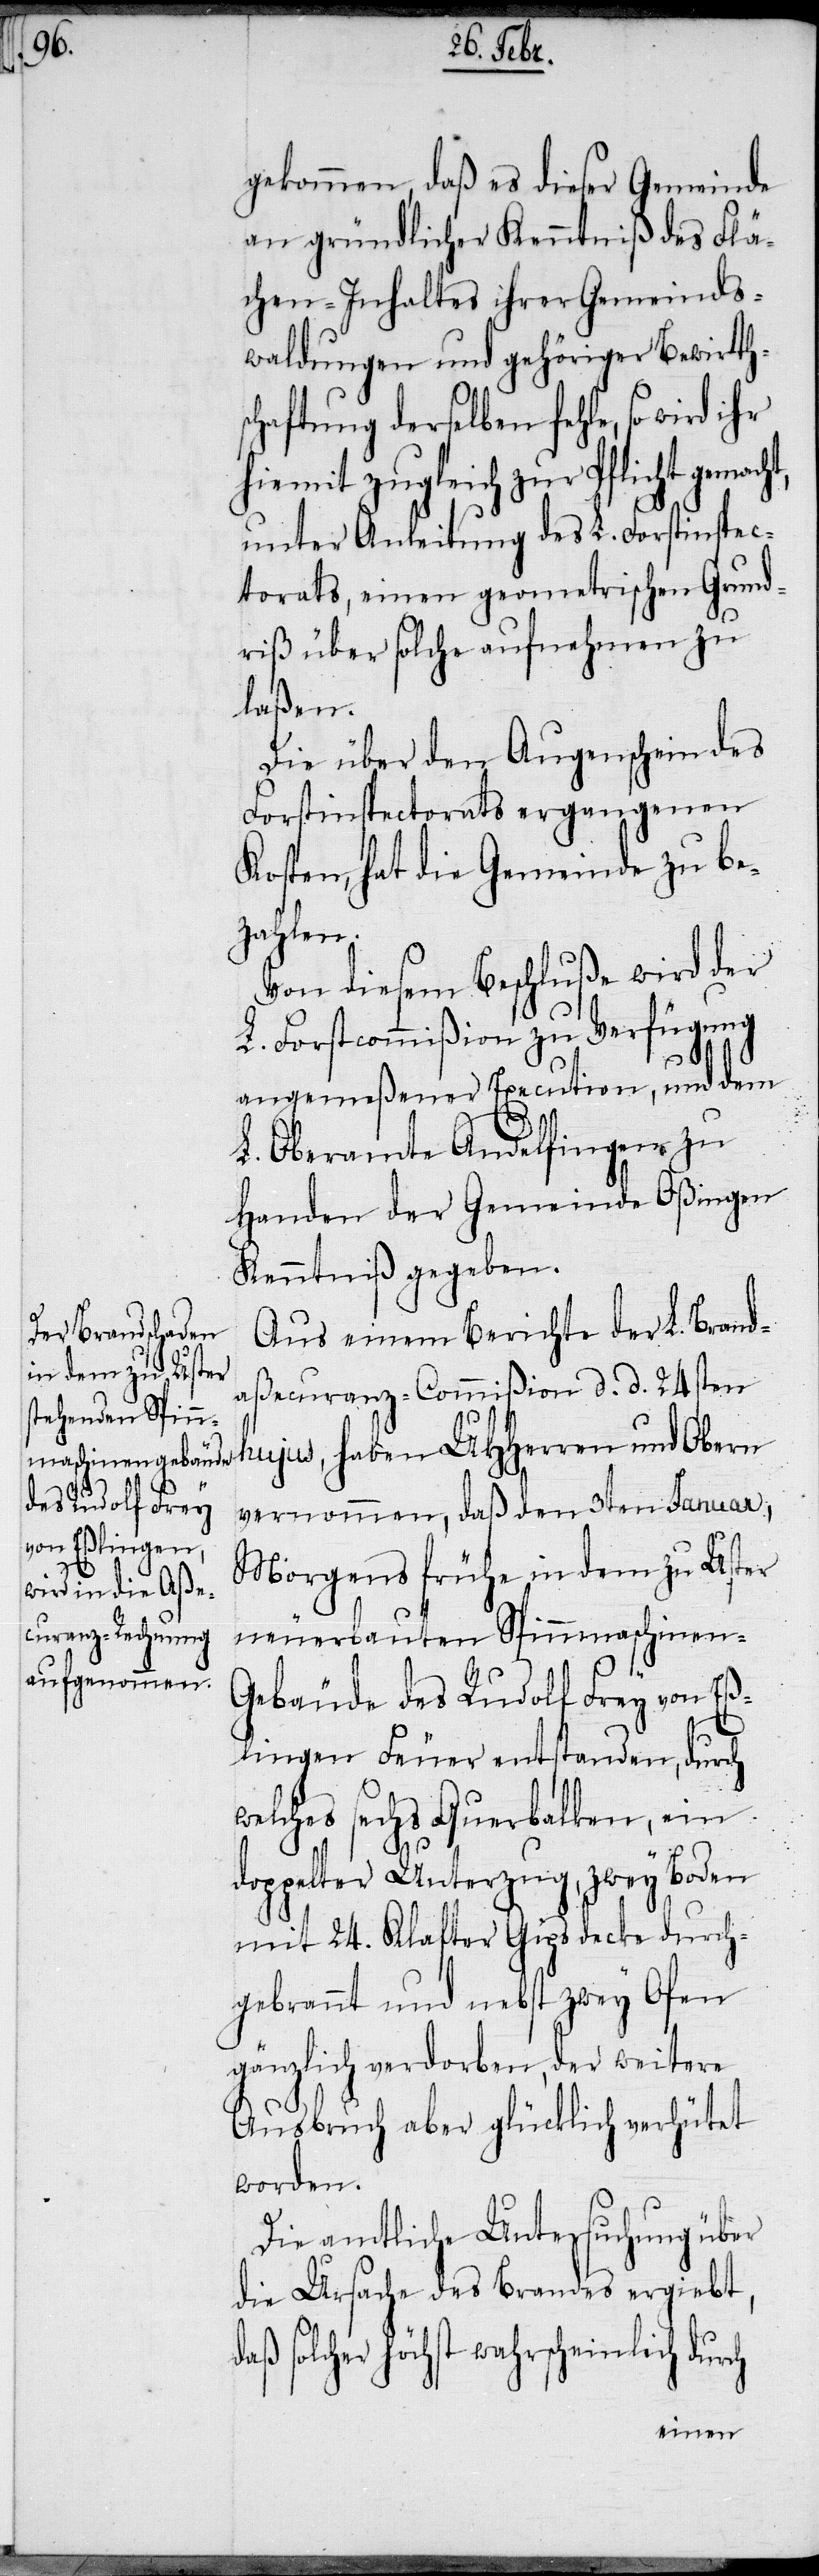
ht,

gekommen, daß es dieser Gemeinde
an gründlicher Kenntniß des Flä¬
chen-Inhaltes ihrer Gemeinds¬
waldungen und gehöriger Bewirths¬
chaftung derselben fehle, so wird
hiemit zugleich zur Pflicht gemac¬
unter Anleitung des L. Forstinspec¬
torats, einen geometrischen Grund¬
riß über solche aufnehmen zu
laßen.
Die über den Augenschein des
Forstinspectorats ergangenen
Kosten, hat die Gemeinde zu be¬
zahlen.
Von diesem Beschluße wird der
L. Forstcommißion zu Verfügung
angemeßener Execution, und dem
L. Oberamte Andelfingen zu
Handen der Gemeinde Oßingen
Kenntniß gegeben.
Aus einem Berichte der L. Brand¬
aßecuranz-Commißion d. d. 24sten
hujus, haben UHHerren und Obern
vernommen, daß den 3ten Januar,
Morgens frühe in dem zu Uster
neuerbauten Spinnmaschinen-G¬
ebäude des Rudolf Frey von Eß¬
lingen Feuer entstanden, durch
welches sechs Querbalken, ein
d¬
doppelter Unterzug, zwey Boden
mit 24. Klafter Gipsdecke durch¬
gebrannt und nebst zwey Ofen
gänzlich verdorben, der weitere
Ausbruch aber glücklich verhütet
worden.
Die amtliche Untersuchung über
die Ursache des Brandes ergiebt,
aß solcher höchst wahrscheinlich durch